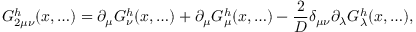
G _ { 2 \mu \nu } ^ { h } ( x , \ldots ) = \partial _ { \mu } G _ { \nu } ^ { h } ( x , \ldots ) + \partial _ { \mu } G _ { \mu } ^ { h } ( x , \ldots ) - \frac { 2 } { D } \delta _ { \mu \nu } \partial _ { \lambda } G _ { \lambda } ^ { h } ( x , \ldots ) ,